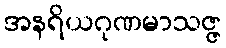
အနရိယဂုဏမာသဇ္ဇ